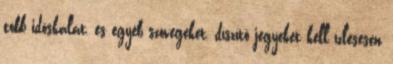
több idõskálát, és egyéb szövegeket, díszítõ jegyeket kell ízlésesen